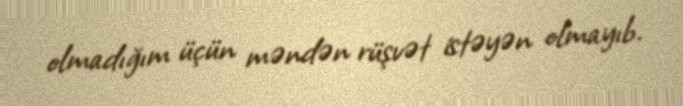
olmadığım üçün məndən rüşvət istəyən olmayıb.